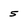
Character: 5